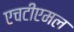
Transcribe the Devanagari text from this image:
एचटीएमल